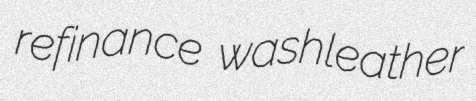
refinance washleather